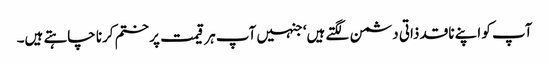
آپ کو اپنے ناقد ذاتی دشمن لگتے ہیں‘ جنہیں آپ ہر قیمت پر ختم کرنا چاہتے ہیں۔